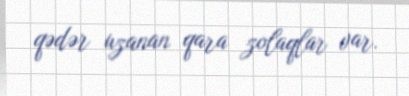
qədər uzanan qara zolaqlar var.